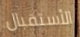
الأستقبال